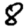
Digit: 8